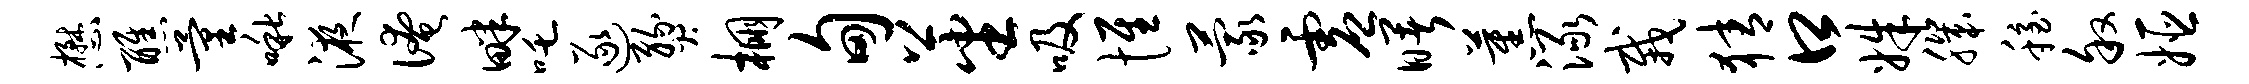
懋醮量啾液淹畔吒逐燹棚甸蕃吸惟蒙虚曙蕉渌栽猜口姝肌稳叙姬